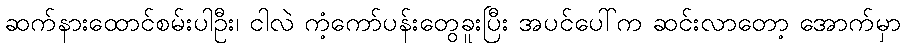
ဆက်နားထောင်စမ်းပါဦး၊ ငါလဲ ကံ့ကော်ပန်းတွေခူးပြီး အပင်ပေါ်က ဆင်းလာတော့ အောက်မှာ